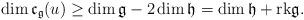
LaTeX: \begin{align*}\dim\mathfrak{c}_\mathfrak{g}(u)\geq\dim\mathfrak{g}-2\dim\mathfrak{h}=\dim\mathfrak{h}+\mathrm{rk}\mathfrak{g}.\end{align*}